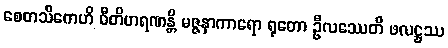
စေတသိကေဟိ ဝီတိဟရဏန္တိ မဇ္ဇနာကာရော ရုတော ဦလဿေတိ ဖလဋ္ဌဿ